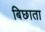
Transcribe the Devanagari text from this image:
बिछाता